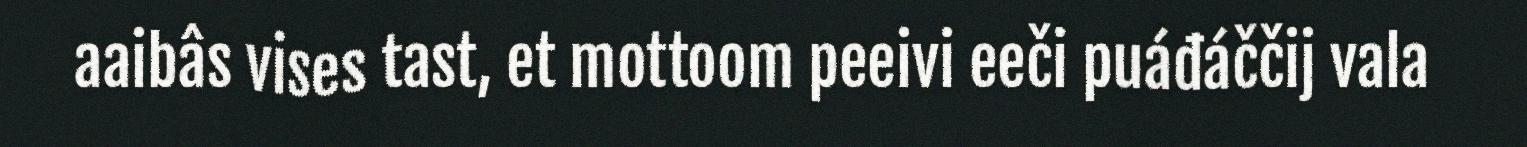
aaibâs vises tast, et mottoom peeivi eeči puáđáččij vala